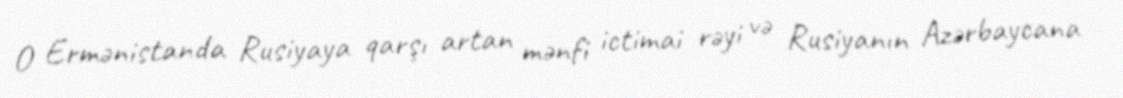
O Ermənistanda Rusiyaya qarşı artan mənfi ictimai rəyi və Rusiyanın Azərbaycana